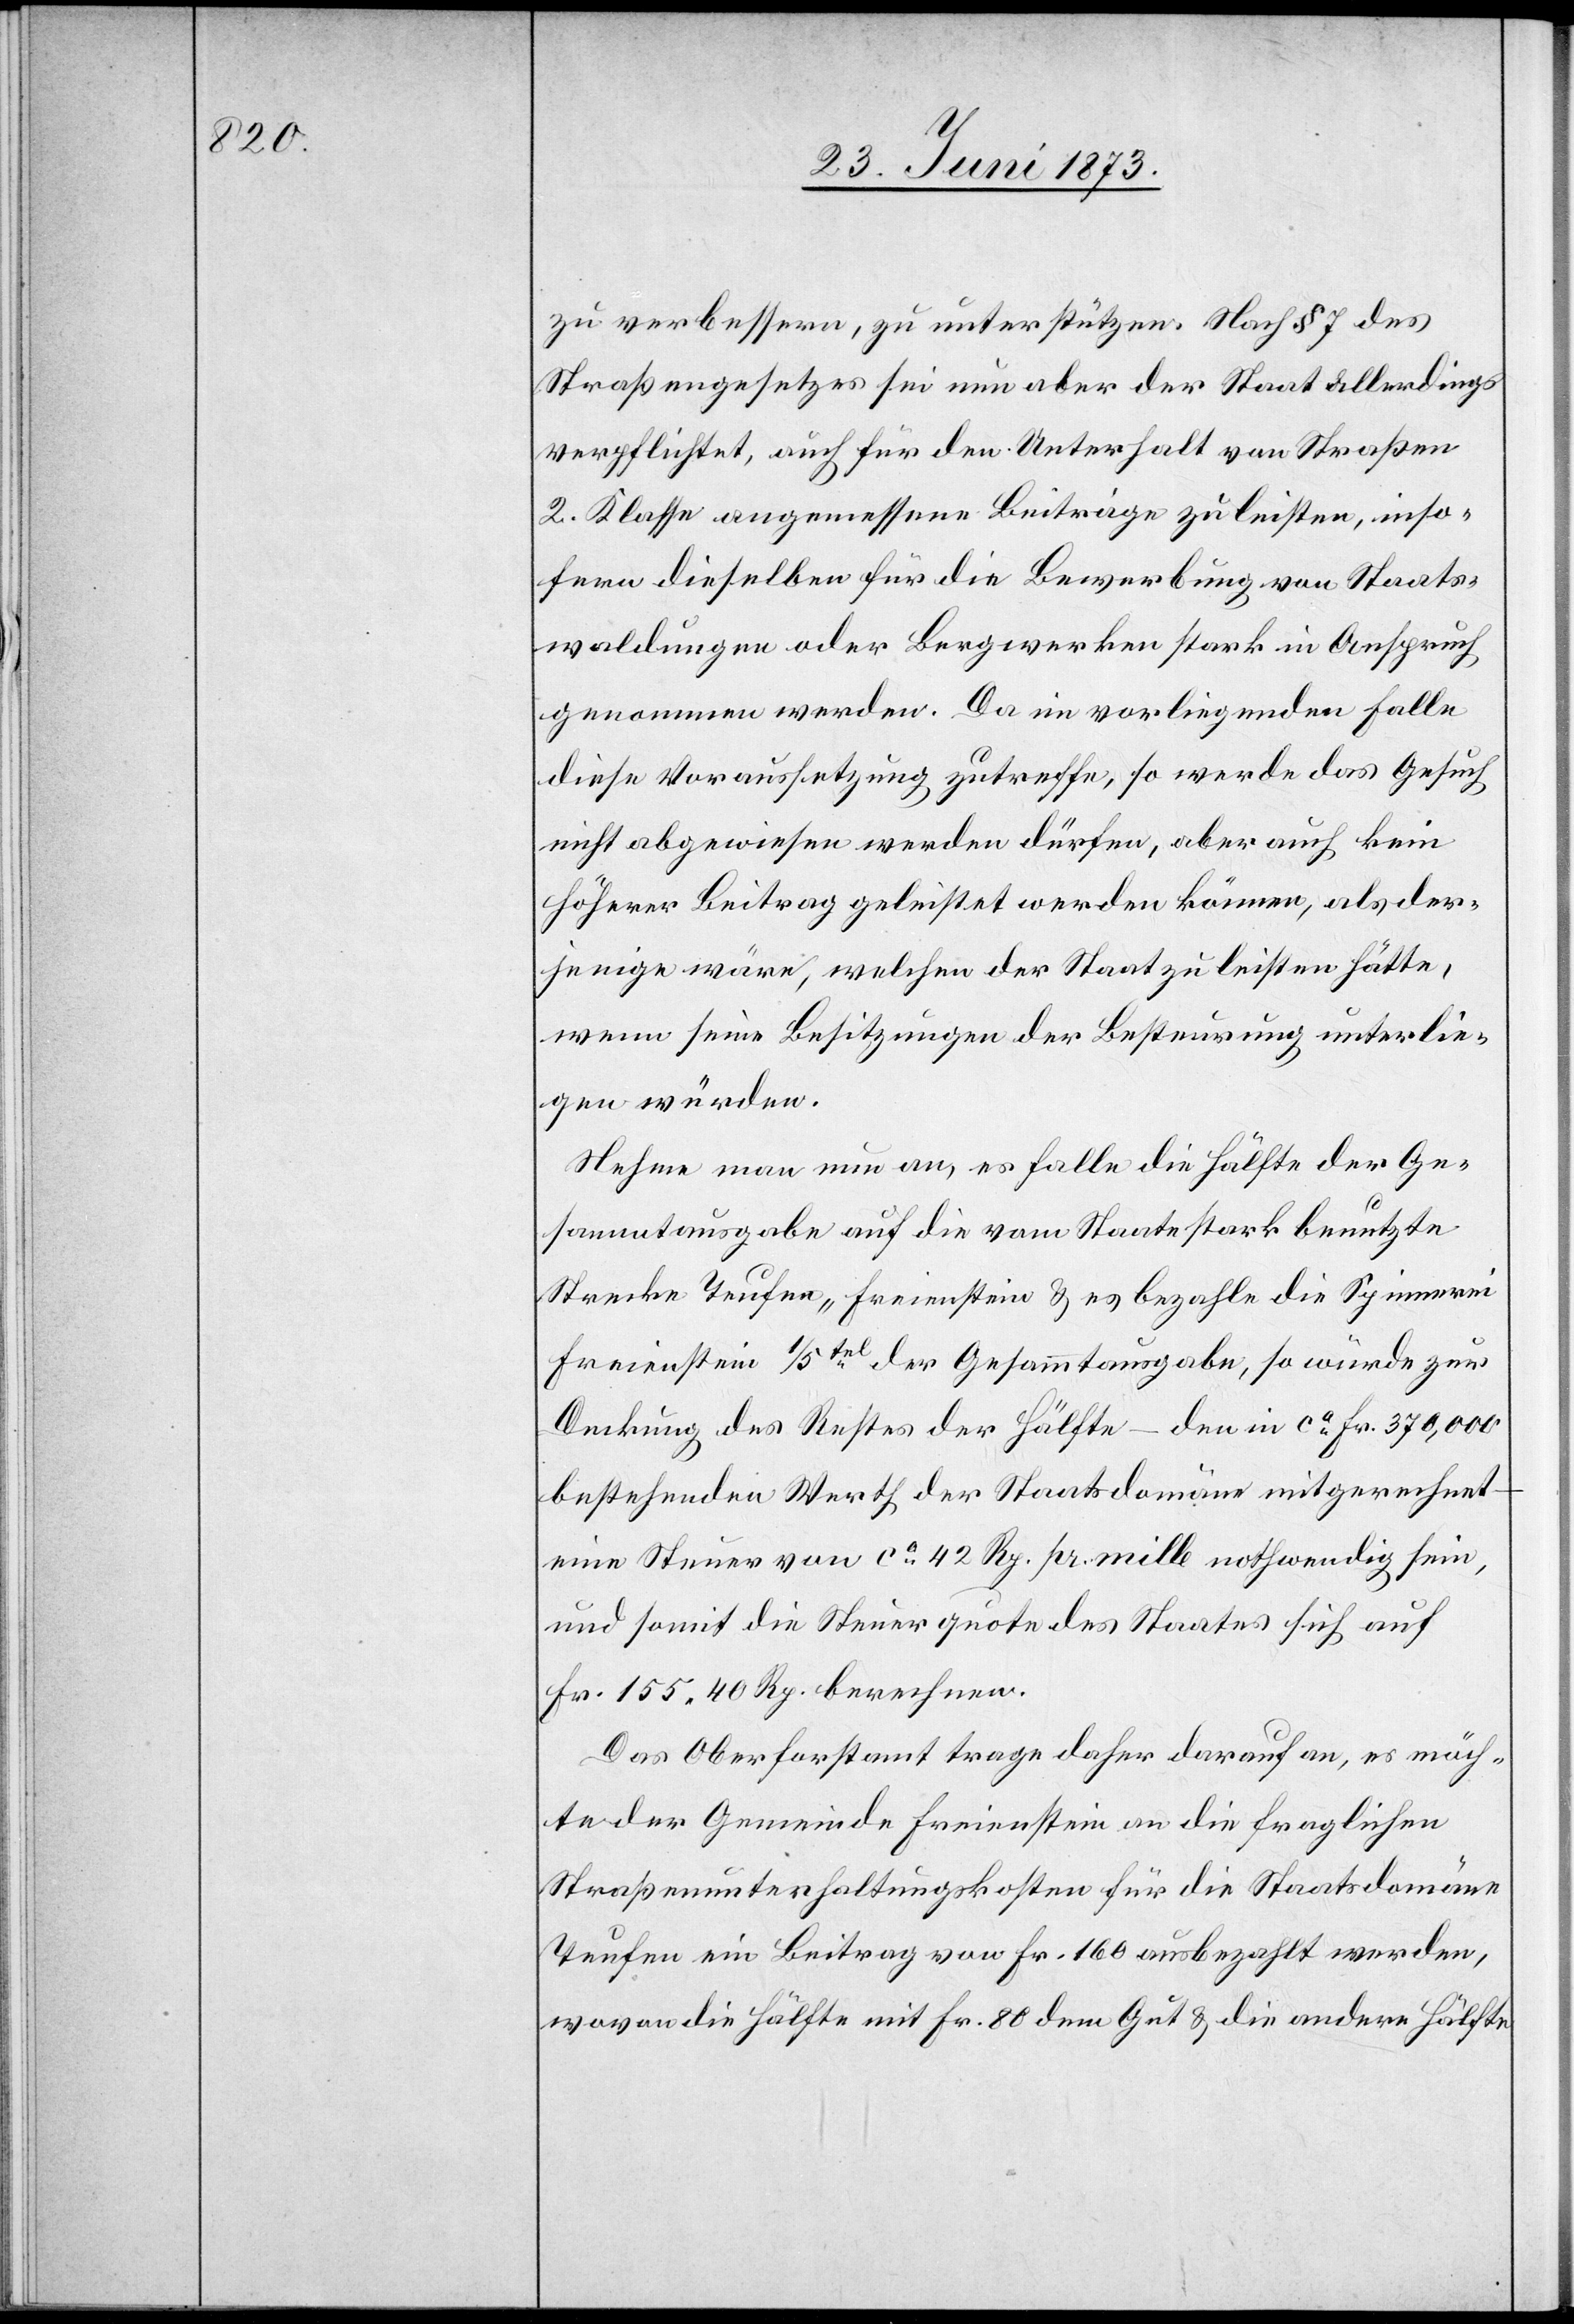
zu verbessern, zu unterstützen. Nach § 7 des
Straßengesetzes sei nun aber der Staat allerdings
verpflichtet, auch für den Unterhalt von Straßen
2. Klasse angemessene Beiträge zu leisten, inso¬
fern dieselben für die Bewerbung von Staats¬
waldungen oder Bergwerken stark in Anspruch
genommen werden. Da im vorliegenden Falle
diese Voraussetzung zutreffe, so werde das Gesuch
nicht abgewiesen werden dürfen, aber auch kein
höherer Beitrag geleistet werden können, als der¬
jenige wäre, welchen der Staat zu leisten hätte,
wenn seine Besitzungen der Besteurung unterlie¬
gen würden.
Nehme man nun an, es falle die Hälfte der Ge¬
sammtausgabe auf die vom Staate stark benutzte
Strecke Teufen–Freienstein & es bezahle die Spinnerei
Freienstein 1/5tel der Gesammtausgabe, so würde zur
Deckung des Restes der Hälfte – den in ca Fr. 370,000
bestehenden Werth der Staatsdomäne mitgerechnet
eine Steuer von ca 42 Rp. pr. mille nothwendig sein,
und somit die Steuerquote des Staates sich auf
Fr. 155 40 Rp. berechnen.
Das Oberforstamt trage daher darauf an, es möch¬
te der Gemeinde Freienstein an die fraglichen
Straßenunterhaltungskosten für die Staatsdomäne
Teufen ein Beitrag von Fr. 160 ausbezahlt werden,
wovon die Hälfte mit Fr. 80 dem Gut & die andere Hälfte